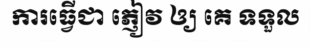
ការធ្វើជា ភ្ញៀវ ឲ្យ គេ ទទួល